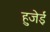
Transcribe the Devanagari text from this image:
हुजेई